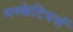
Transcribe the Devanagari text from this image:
मस्केटियर्स